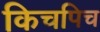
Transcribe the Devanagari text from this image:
किचपिच